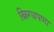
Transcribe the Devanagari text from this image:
स्निग्धपणा